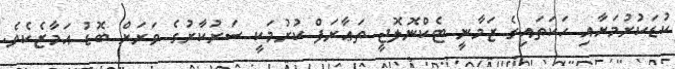
ކުޑަކުރުމަށާއި ހަކަތައިގެ ޒަމާނީ ޓެކްނޮލޮޖީ ތަޢާރަފް ކުރުމަކީ ސަރުކާރުގެ ވަރަށް ބޮޑު އަމާޒެކެވެ.